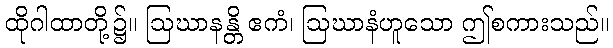
ထိုဂါထာတို့၌။ ဩဃာနန္တိ ဧကံ၊ ဩဃာနံဟူသော ဤစကားသည်။